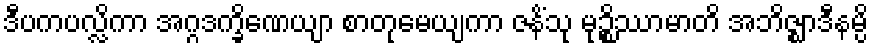
ဒီပကပလ္လိကာ အဂ္ဂဒက္ခိဏေယျာ စာတုမေယျကာ ဇနိံသု မုဉ္စိဿာမာတိ အဘိဇ္ဈာဒီနမ္ပိ